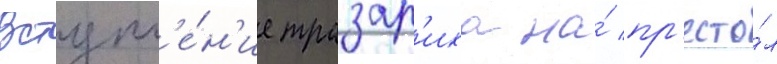
Вступл'е́н'ие тразар'иха на́ пр'есто́л